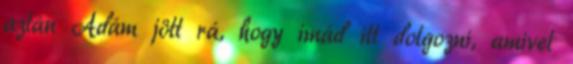
aztán Ádám jött rá, hogy imád itt dolgozni, amivel